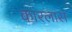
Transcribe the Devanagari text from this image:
कारलास